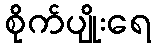
စိုက်ပျိုးရေ